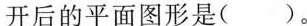
开后的平面图形是( )。